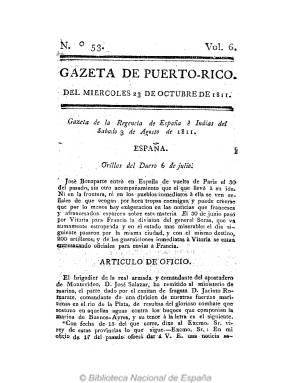
Título: Gazeta de Puerto-Rico
Otros títulos: Gaceta de Puerto Rico || Gazeta de Puerto Rico || Gaceta del gobierno constitucional de Puerto Rico, 1820-1826
Colección: Gacetas
Ámbito geográfico: Puerto Rico
Lugar de publicación: San Juan, Puerto Rico
Fechas: 23/10/1811-16/10/1898

Es el primer periódico publicado en la antigua colonia española de Puerto Rico, del que existen dudas sobre la fecha exacta de su aparición –probablemente entre 1806 y 1807-, tras la llegada de la primera imprenta a esta isla, establecida con muy notable retraso en comparación, por ejemplo, con la cercana de Cuba, donde había llegado unos ochenta años antes, tal como así lo indica Antonio S. Pedreira en su estudio sobre el periodismo puertorriqueño (1982). De esta tipografía establecida en San Juan, que primero se denomina Imprenta de la Capitanía General y después Imprenta de Puerto Rico, saldrá este periódico de carácter oficial, con partes y otros textos legales emanados de las autoridades españolas y noticias locales, entre otras.

Los tres únicos números de esta época en la colección de la Biblioteca Nacional de España corresponden al 23 de octubre de 1811, 29 de diciembre de 1812 y cuatro de noviembre 1815. Cada una de estas entregas en 8º es de ocho páginas con foliación continuada, compuestas a una columna, y su día de aparición debió ser los miércoles y los sábados, expresando como secuencia un número de volumen, además del número de entrega. En los dos primeros indicados, bajo el epígrafe Gazeta de la Regencia de España e Indias, se copian o extractan noticias sobre la guerra antinapoléonica en España o se insertan artículos de oficio con partes de la actuación de la Armada española en Buenos Aires o de las autoridades militares en la citada guerra contra los franceses, y terminan con informaciones locales, como la continuación de una relación de donantes para las tropas de la guarnición de la isla, un aviso relacionado con el decreto de libertad de imprenta y otros referentes a compra-venta de bienes y movimiento portuario. En el número de 1815, ya durante el periodo reaccionario fernandino, inserta un real decreto del Rey sobre la organización de la Armada española, al que le siguen partes oficiales sobre las actuaciones militares españolas en ultramar, así como una carta, datada en Nueva York, sobre la huída de José Bonaparte, entre otros textos.

A este mismo período pertenecen también los dos siguientes periódicos que aparecerán en este país: Diario económico de Puerto Rico (1814-1815), fundado por Alejandro Ramírez, y El Cigarrón (1814), siendo este afecto a los serviles  anticonstitucionalistas y suprimido por la censura. Tras el fallecimiento de Fernando VII, sólo seguía imprimiéndose en Puerto Rico esta Gazeta, que a partir del 16 de septiembre de 1823 será ya diaria (excepto el domingo). Continuará publicándose –aunque con modificaciones en su título- como órgano de las autoridades españolas hasta el cambio de soberanía de la isla, en 1898, manteniendo también su impresión el gobierno de Estados Unidos hasta septiembre de 1902.

Además del citado de Pedreira, pueden consultarse los trabajos sobre esta Gazeta de José S. Alegría (1969), Otto Olivera (1971) y especialmente el de Miguel B. Márquez (2000).